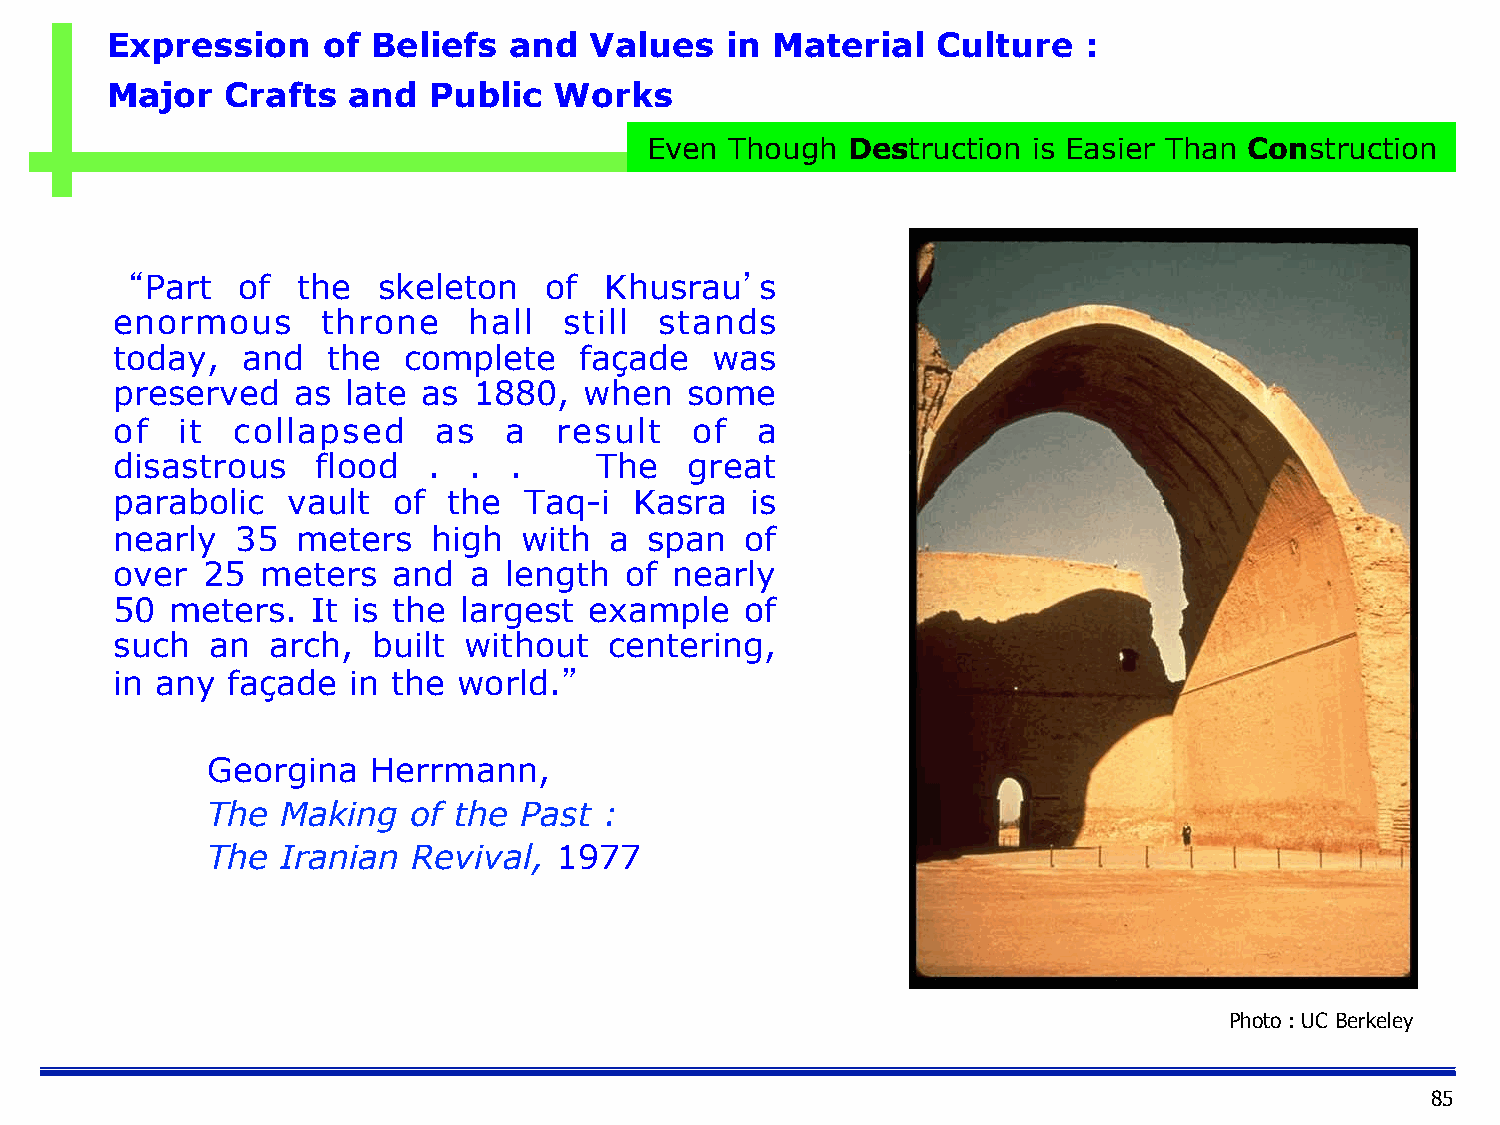
Expression    of  Beliefs  and  Values   in Material   Culture   :
 Major   Crafts  and  Public   Works
 Even Though  Destruction is Easier Than Construction
 “Part  of  the  skeleton   of  Khusrau’s
 enormous     throne    hall  still  stands
 today,  and   the  complete   façade   was
 preserved  as  late as 1880,   when  some
 of  it collapsed     as  a   result   of  a
 disastrous   flood  .  .  .    The   great
 parabolic  vault  of  the  Taq-i  Kasra   is
 nearly  35  meters   high with  a  span  of
 over 25  meters   and  a length  of  nearly
 50 meters.   It is the largest example   of
 such  an  arch,  built without  centering,
 in any façade  in the world.”
 Georgina   Herrmann,
 The  Making  of the Past  :
 The  Iranian Revival,  1977
 Photo : UC Berkeley
 85